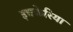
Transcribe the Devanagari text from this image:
इचकेरिया